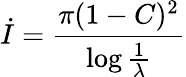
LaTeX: \dot{I}={\frac{\pi(1-C)^{2}}{\log{\frac{1}{\lambda}}}}